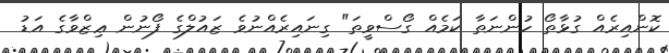
ކޮންއިރެއް ގުޅާތޯ ހުންނަތާ ކަމެއް ގޯސްވީތަ" ގިނައިރެއްނުވެ ޒައުލްގެ ފޯނުން ޢިޒްވާގެ އަޑު